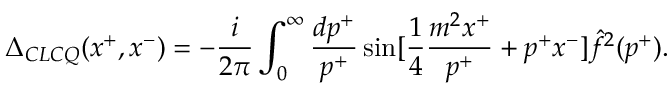
\Delta _ { C L C Q } ( x ^ { + } , x ^ { - } ) = - { \frac { i } { 2 \pi } } \int _ { 0 } ^ { \infty } { \frac { d p ^ { + } } { p ^ { + } } } \sin [ { \frac { 1 } { 4 } } { \frac { m ^ { 2 } x ^ { + } } { p ^ { + } } } + p ^ { + } x ^ { - } ] \hat { f } ^ { 2 } ( p ^ { + } ) .